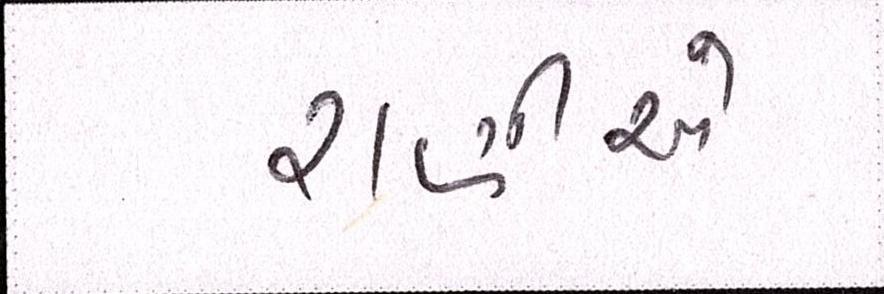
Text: રાણીએ